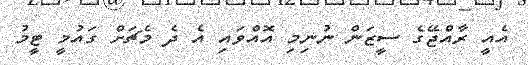
އެއީ ރާއްޖޭގެ ސީޒަން ނުނިމި އޮއްވައި އެ ދެ މެޗަށް ގައުމީ ޓީމު